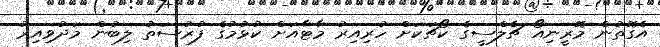
އެގޮތުން މޮރީނިއޯ ޗެލްސީގެ ކޯޗަކަށް ހުރިއިރު މާޓާއަށް ކުޅުމުގެ ފުރުސަތު ލިބުން މަދުވިއިރު